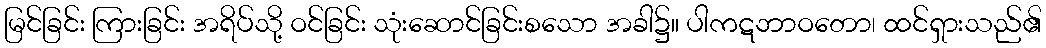
မြင်ခြင်း ကြားခြင်း အရိပ်သို့ ဝင်ခြင်း သုံးဆောင်ခြင်းစသော အခါ၌။ ပါကဋဘာဝတော၊ ထင်ရှားသည်၏